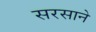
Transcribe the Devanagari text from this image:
सरसाने